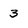
Character: 3